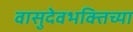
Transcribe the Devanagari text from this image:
वासुदेवभक्तिच्या